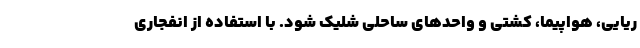
ریایی، هواپیما، کشتی و واحدهای ساحلی شلیک شود. با استفاده از انفجاری